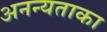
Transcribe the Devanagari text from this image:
अनन्यताका